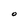
Character: o